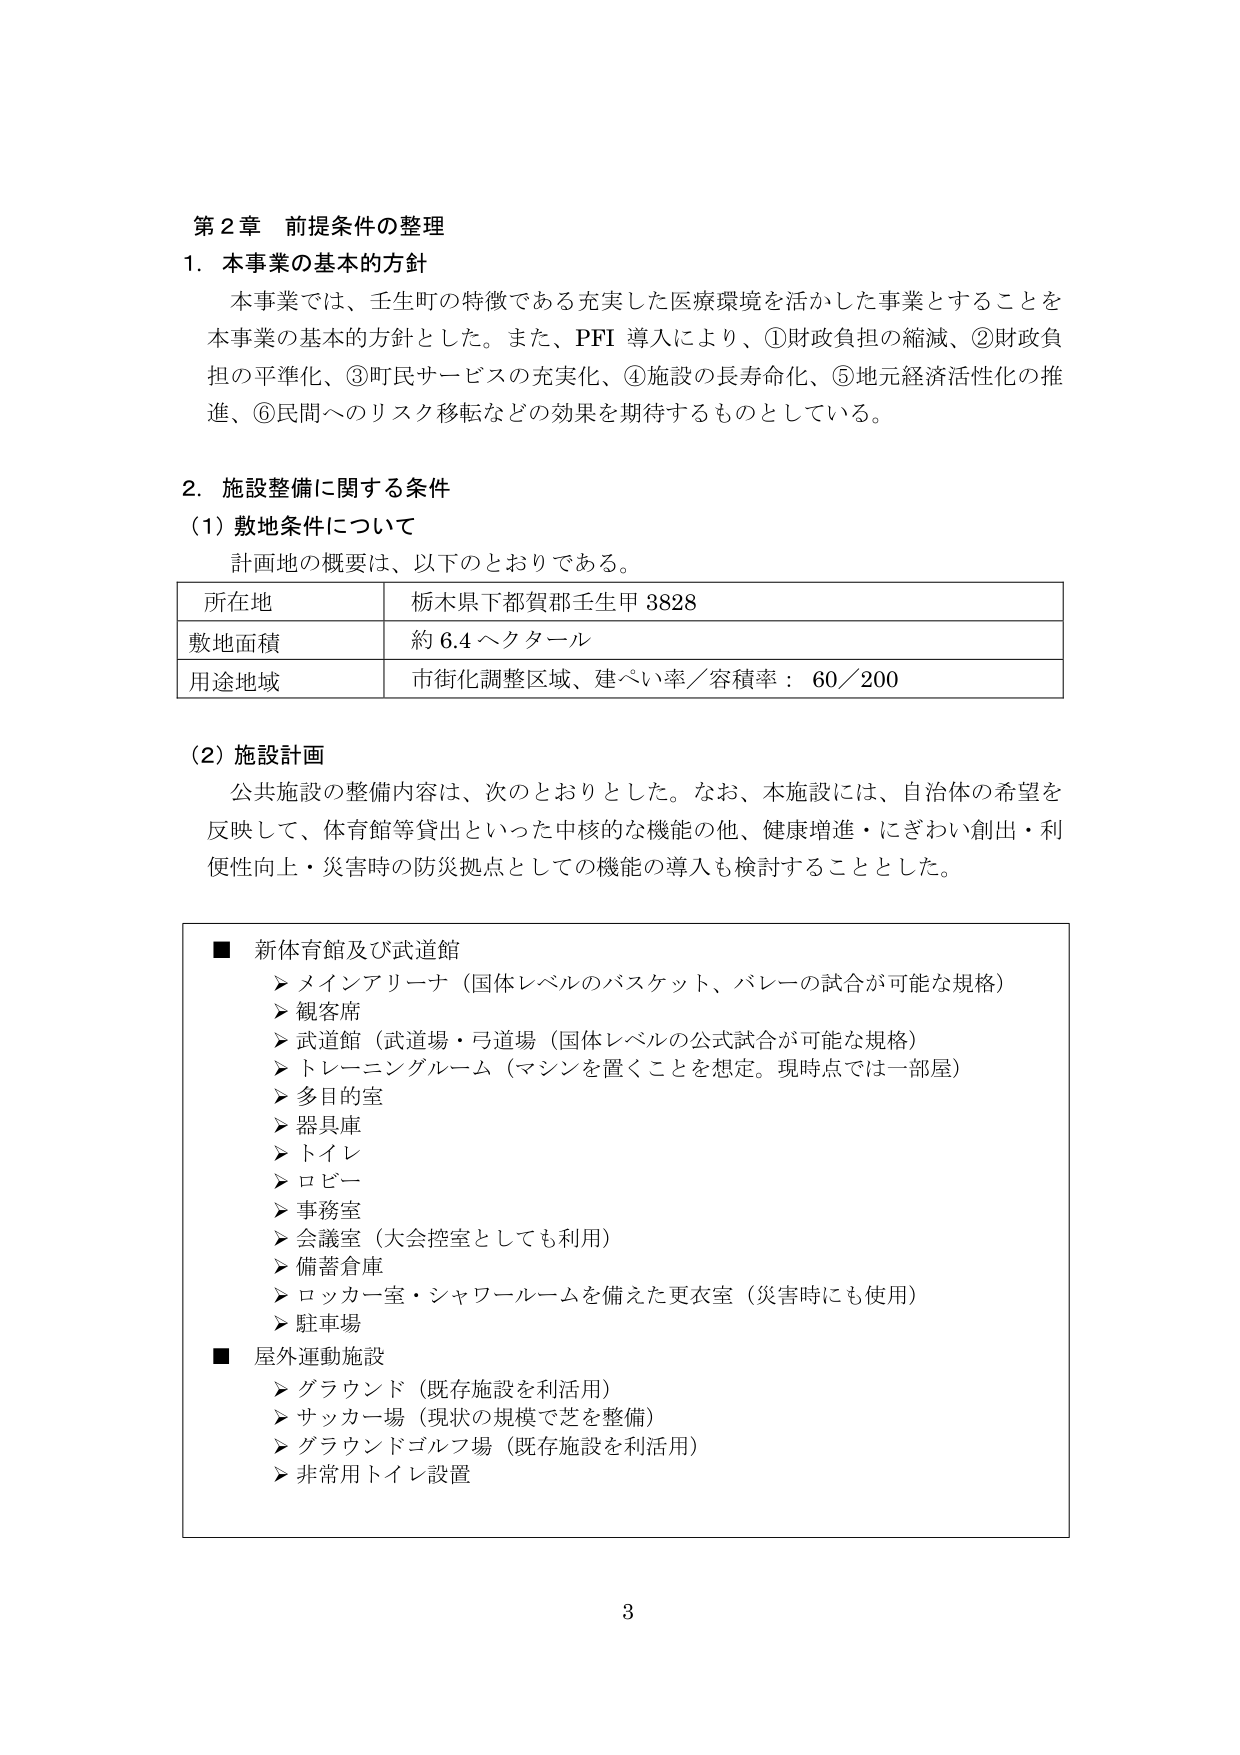
第２章 前提条件の整理

１．本事業の基本的方針
本事業では、壬生町の特徴である充実した医療環境を活かした事業とすることを本事業の基本的方針とした。また、PFI 導入により、①財政負担の縮減、②財政負担の平準化、③町民サービスの充実化、④施設の長寿命化、⑤地元経済活性化の推進、⑥民間へのリスク移転などの効果を期待するものとしている。

２．施設整備に関する条件
（1）敷地条件について
計画地の概要は、以下のとおりである。

| 所在地 | 栃木県下都賀郡壬生甲 3828 |
|--------|-----------------------------|
| 敷地面積 | 約 6.4 ヘクタール |
| 用途地域 | 市街化調整区域、建ぺい率／容積率：60／200 |

（2）施設計画
公共施設の整備内容は、次のとおりとした。なお、本施設には、自治体の希望を反映して、体育館等貸出といった中核的な機能の他、健康増進・にぎわい創出・利便性向上・災害時の防災拠点としての機能の導入も検討することとした。

■ 新体育館及び武道館
▶ メインアリーナ（国体レベルのバスケット、バレーの試合が可能な規格）
▶ 観客席
▶ 武道館（武道場・弓道場（国体レベルの公式試合が可能な規格））
▶ トレーニングルーム（マシンを置くことを想定。現時点では一部屋）
▶ 多目的室
▶ 器具庫
▶ トイレ
▶ ロビー
▶ 事務室
▶ 会議室（大会控室としても利用）
▶ 備蓄倉庫
▶ ロッカー室・シャワールームを備えた更衣室（災害時にも使用）
▶ 駐車場

■ 屋外運動施設
▶ グラウンド（既存施設を利活用）
▶ サッカー場（現状の規模で芝を整備）
▶ グラウンドゴルフ場（既存施設を利活用）
▶ 非常用トイレ設置

3